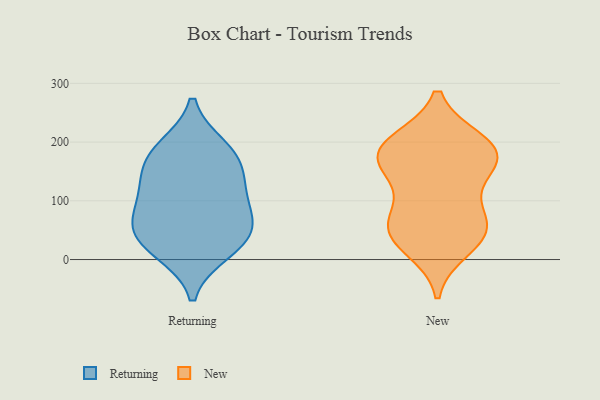
{"axis": {"x": "Budget (USD K)", "y": "Value"}, "legend": ["New", "Returning"], "data": [{"x": "", "y": 189, "type": "Returning"}, {"x": "", "y": 45, "type": "Returning"}, {"x": "", "y": 110, "type": "Returning"}, {"x": "", "y": 15, "type": "Returning"}, {"x": "", "y": 77, "type": "Returning"}, {"x": "", "y": 125, "type": "Returning"}, {"x": "", "y": 29, "type": "Returning"}, {"x": "", "y": 160, "type": "Returning"}, {"x": "", "y": 179, "type": "Returning"}, {"x": "", "y": 58, "type": "Returning"}, {"x": "", "y": 20, "type": "New"}, {"x": "", "y": 184, "type": "New"}, {"x": "", "y": 146, "type": "New"}, {"x": "", "y": 50, "type": "New"}, {"x": "", "y": 199, "type": "New"}, {"x": "", "y": 62, "type": "New"}, {"x": "", "y": 47, "type": "New"}, {"x": "", "y": 170, "type": "New"}, {"x": "", "y": 200, "type": "New"}, {"x": "", "y": 48, "type": "New"}, {"x": "", "y": 181, "type": "New"}, {"x": "", "y": 166, "type": "New"}, {"x": "", "y": 95, "type": "New"}]}